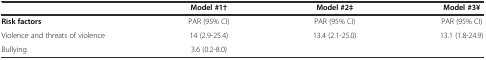
<table><thead><tr><td></td><td><b>Model #1†</b></td><td><b>Model #2‡</b></td><td><b>Model #3¥</b></td></tr></thead><tbody><tr><td><b>Risk factors</b></td><td>PAR (95% CI)</td><td>PAR (95% CI)</td><td>PAR (95% CI)</td></tr><tr><td>Violence and threats of violence</td><td>14 (2.9-25.4)</td><td>13.4 (2.1-25.0)</td><td>13.1 (1.8-24.9)</td></tr><tr><td>Bullying</td><td>3.6 (0.2-8.0)</td><td></td><td></td></tr></tbody></table>